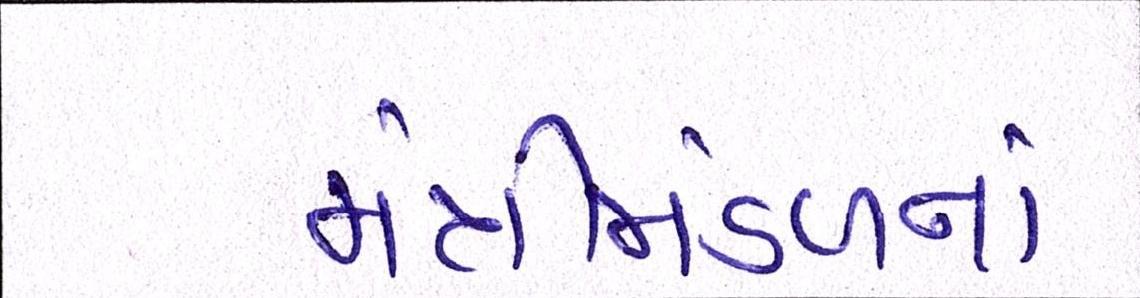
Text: મંત્રીમંડળનાં